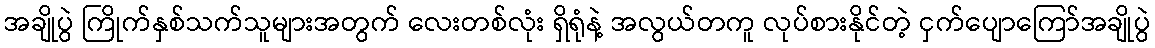
အချိုပွဲ ကြိုက်နှစ်သက်သူများအတွက် လေးတစ်လုံး ရှိရုံနဲ့ အလွယ်တကူ လုပ်စားနိုင်တဲ့ ငှက်ပျောကြော်အချိုပွဲ